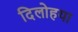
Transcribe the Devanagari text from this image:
दिलोहया